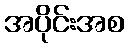
အပိုင်းအစ